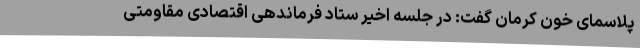
پلاسمای خون کرمان گفت: در جلسه اخیر ستاد فرماندهی اقتصادی مقاومتی